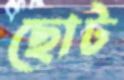
ছোট